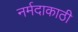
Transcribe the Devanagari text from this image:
नर्मदाकाठी